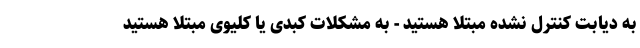
به دیابت کنترل نشده مبتلا هستید - به مشکلات کبدی یا کلیوی مبتلا هستید